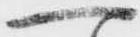
へ